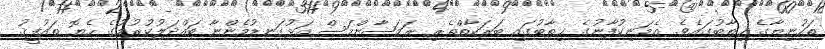
ތަހުނިޔާގެ ޚިޠާބުގައެވެ. އެމަނިކުފާނުގެ ޚިޠާބުގައި ބަރަކާތްތެރި ރަމަޟާންމަސް އަޅުގަނޑުމެންނާ ބައްދަލުކުރުމުގެ ހެޔޮ ތައުފީޤު